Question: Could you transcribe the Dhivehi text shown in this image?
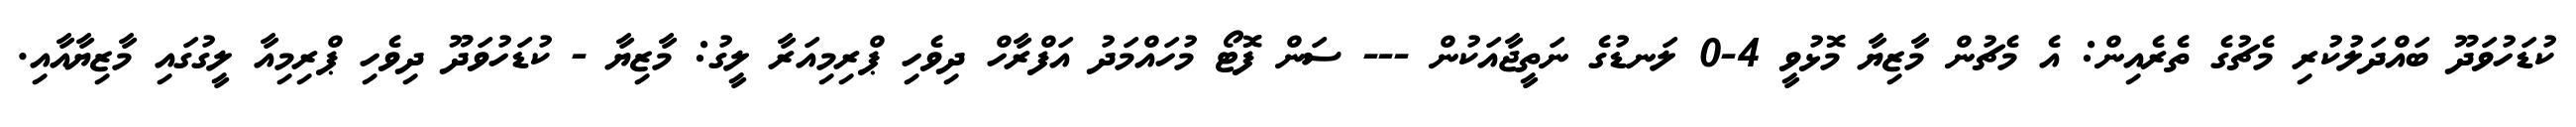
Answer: ކުޑަހުވަދޫ ބައްދަލުކުރި މެޗުގެ ތެރެއިން: އެ މެޗުން މާޒިޔާ މޮޅުވީ 4-0 ލަނޑުގެ ނަތީޖާއަކުން --- ސަން ފޮޓޯ މުހައްމަދު އަފްރާހް ދިވެހި ޕްރިމިއަރާ ލީގު: މާޒިޔާ - ކުޑަހުވަދޫ ދިވެހި ޕްރިމިއާ ލީގުގައި މާޒިޔާއާއި.